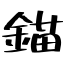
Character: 錨